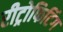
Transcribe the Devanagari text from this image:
रीट्रोफिटिंग